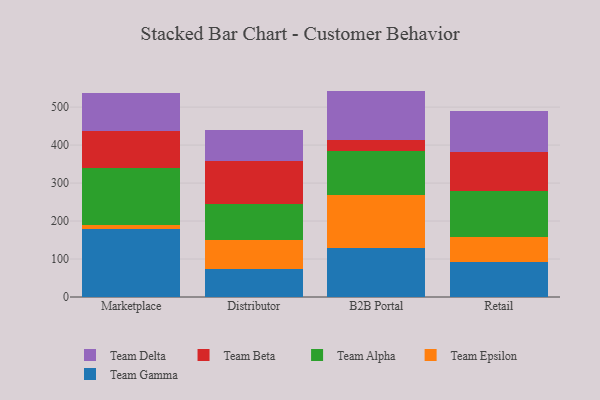
{"axis": {"x": "Channel", "y": "Operating Costs (USD K)"}, "legend": ["Team Alpha", "Team Beta", "Team Delta", "Team Epsilon", "Team Gamma"], "data": [{"x": "Marketplace", "y": 180.0, "type": "Team Gamma"}, {"x": "Marketplace", "y": 8.6, "type": "Team Epsilon"}, {"x": "Marketplace", "y": 152.0, "type": "Team Alpha"}, {"x": "Marketplace", "y": 97.0, "type": "Team Beta"}, {"x": "Marketplace", "y": 99.9, "type": "Team Delta"}, {"x": "Distributor", "y": 74.9, "type": "Team Gamma"}, {"x": "Distributor", "y": 75.8, "type": "Team Epsilon"}, {"x": "Distributor", "y": 93.7, "type": "Team Alpha"}, {"x": "Distributor", "y": 114.0, "type": "Team Beta"}, {"x": "Distributor", "y": 80.1, "type": "Team Delta"}, {"x": "B2B Portal", "y": 129.6, "type": "Team Gamma"}, {"x": "B2B Portal", "y": 138.3, "type": "Team Epsilon"}, {"x": "B2B Portal", "y": 117.8, "type": "Team Alpha"}, {"x": "B2B Portal", "y": 26.4, "type": "Team Beta"}, {"x": "B2B Portal", "y": 130.7, "type": "Team Delta"}, {"x": "Retail", "y": 93.2, "type": "Team Gamma"}, {"x": "Retail", "y": 65.9, "type": "Team Epsilon"}, {"x": "Retail", "y": 120.5, "type": "Team Alpha"}, {"x": "Retail", "y": 101.5, "type": "Team Beta"}, {"x": "Retail", "y": 108.4, "type": "Team Delta"}]}